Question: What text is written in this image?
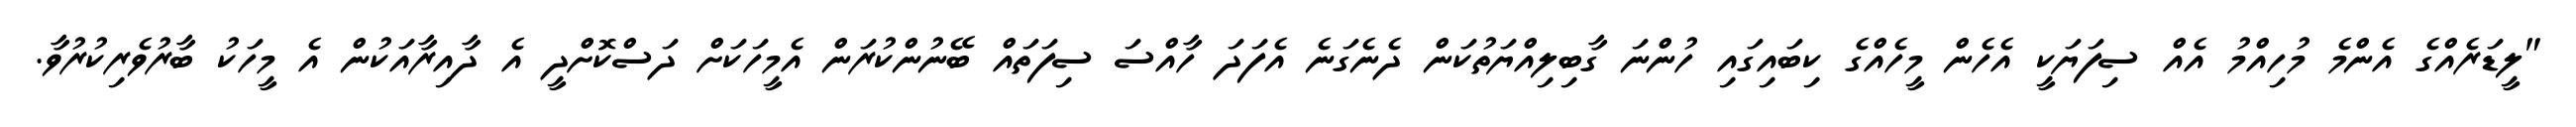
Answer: "ލީޑަރެއްގެ އެންމެ މުހިއްމު އެއް ސިފަޔަކީ އެހެން މީހެއްގެ ކިބައިގައި ހުންނަ ގާބިލިއްޔަތުކަން ދެނެގަނެ އެފަދަ ހާއްސަ ސިފަތައް ބޭނުންކުރަން އެމީހަކަށް ދަސްކޮށްދީ އެ ދާއިރާއަކުން އެ މީހަކު ބާރުވެރިކުރުވާ.